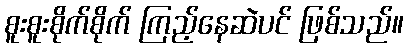
စူးစူးစိုက်စိုက် ကြည့်နေဆဲပင် ဖြစ်သည်။